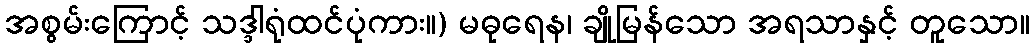
အစွမ်းကြောင့် သဒ္ဒါရုံထင်ပုံကား။) မဓုရေန၊ ချိုမြန်သော အရသာနှင့် တူသော။